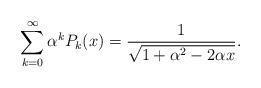
LaTeX: \begin{align*}\sum_{k=0}^\infty\alpha^kP_k(x) = \frac{1}{\sqrt{1+\alpha^2-2\alpha x}}.\end{align*}